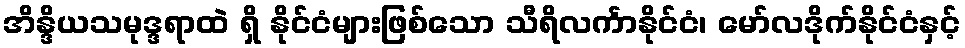
အိန္ဒိယသမုဒ္ဒရာထဲ ရှိ နိုင်ငံများဖြစ်သော သီရိလင်္ကာနိုင်ငံ၊ မော်လဒိုက်နိုင်ငံနှင့်